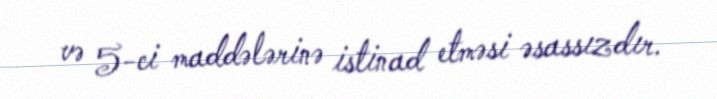
və 5-ci maddələrinə istinad etməsi əsassızdır.